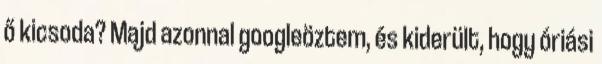
ő kicsoda? Majd azonnal googleöztem, és kiderült, hogy óriási